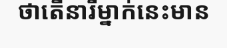
ថាតើនារីម្នាក់នេះមាន